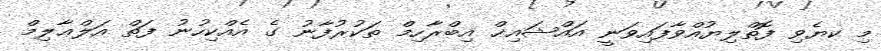
މި ކޔެވި ފޮތްލިޔުއްވާފައިވަނީ އައްޝައިޚް އިބްރާހިމް ތަކުރުފާނު ގެ އެއްކިހުނު ފަތް އަލްޢާލިމް